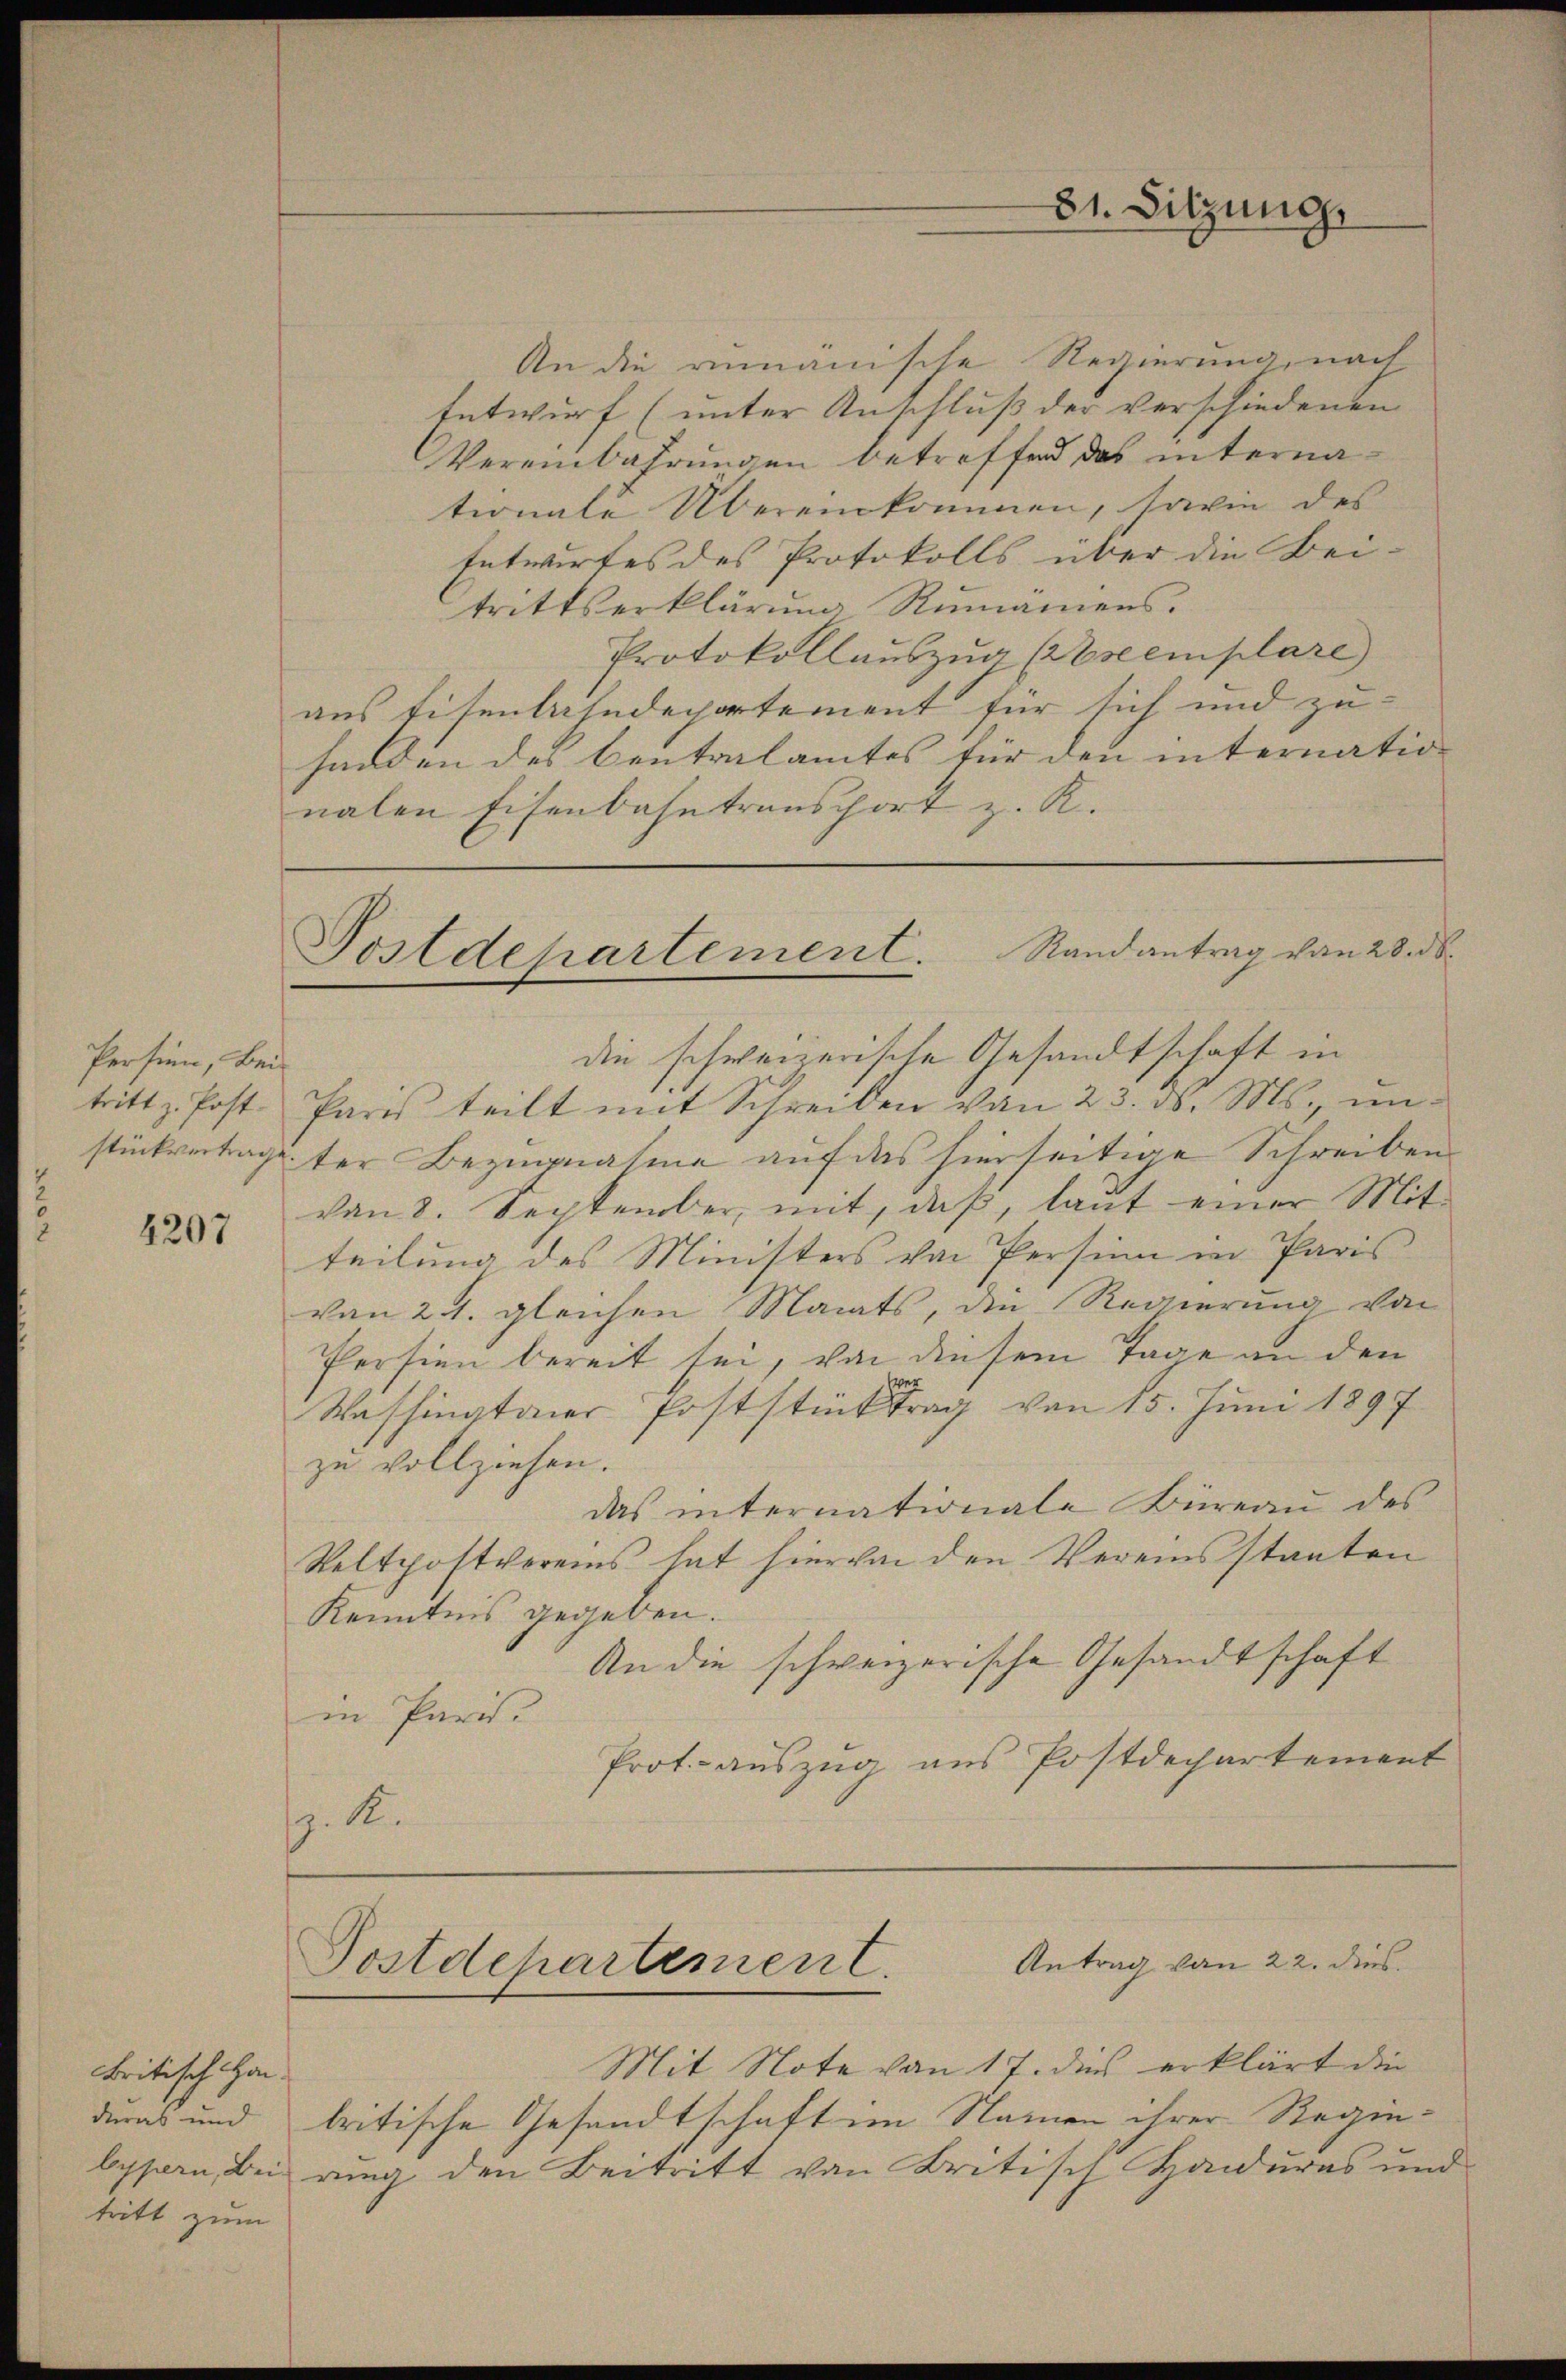
Persien, Bei-
tritt z. Post.
stückvertrage

4207

britisch Handuras und
lypern, Bei
tritt zum

An die rumänische Regierung, nach
Entwurf (unter Anschluß der verschiedenen
Vereinbahrungen betreffend das internationale Übereinkommen, sowie des
Entwirtes des Protokolls über die Beitrittserklärung Rumäniens.
Protokollauszug (semplare
aus Eisenbahndepartement für sich und zu-
fanden des Centralamtes für den internation
nalen Eisenbahntransport z. R.

31. Sitzung

Postdepartement. Randantrag von 28. d.

die schweizerische Gesandtschaft in
Paris teilt mit Schreiben von 23. d. Ms., unter Bezugnahme auf das hierseitige Schreiben
von 8. September, mit, daß, laut einer Mitteilung des Ministers von Persinn in Paris
von 24. gleichen Manats, die Regierung von
Persion bereit sei, von diesem Tage an den
Washingtaer Poststücktrag von 15. Juni 1897
zu vollziehen.
das internationale Büreau des
Veltpostvereins hat hiervon den Vereinsstaaten
Kenntnis gegeben.
An die schweizerische Gesandtschaft
in Paris.
Prot. - auszug aus Postdechartement
z. K.

Antrag von 22. dies
Postdepartement.

Mit Note von 17. dies erklärt die
britische Gesandtschaft im Namen ihrer Regenrung den Beitritt von Britisch Handuras und